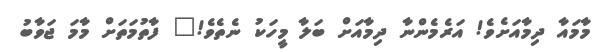
މާމައާ ދިމާއަށެވެ! އަރެމެންނާ ދިމާއަށް ބަލާ މީހަކު ނެތެވެ!" ފާތުމަތަށް މާމަ ޖަވާބު